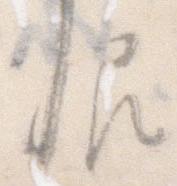
恨